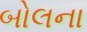
બોલના